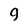
Character: 9